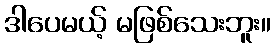
ဒါပေမယ့် မဖြစ်သေးဘူး။